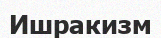
Ишракизм